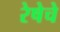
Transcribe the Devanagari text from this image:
रेषेचे